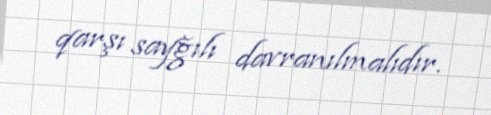
qarşı sayğılı davranılmalıdır.